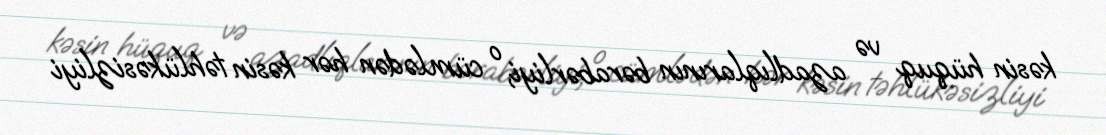
kəsin hüquq və azadlıqlarının bərabərliyi, o cümlədən hər kəsin təhlükəsizliyi